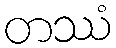
တဿံ